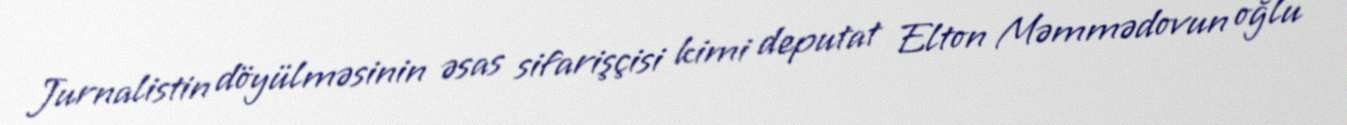
Jurnalistin döyülməsinin əsas sifarişçisi kimi deputat Elton Məmmədovun oğlu